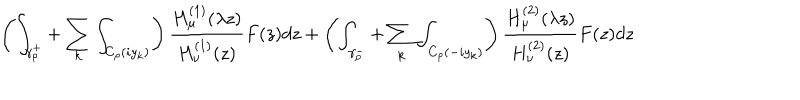
\left( \int _ { \gamma _ { \rho } ^ { + } } + \sum _ { k } \int _ { C _ { \rho } ( i y _ { k } ) } \right) \frac { H _ { \mu } ^ { ( 1 ) } ( \lambda z ) } { H _ { \nu } ^ { ( 1 ) } ( z ) } F ( z ) d z + \left( \int _ { \gamma _ { \rho } ^ { - } } + \sum _ { k } \int _ { C _ { \rho } ( - i y _ { k } ) } \right) \frac { H _ { \mu } ^ { ( 2 ) } ( \lambda z ) } { H _ { \nu } ^ { ( 2 ) } ( z ) } F ( z ) d z